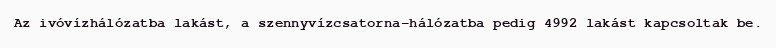
Az ivóvízhálózatba lakást, a szennyvízcsatorna-hálózatba pedig 4992 lakást kapcsoltak be.